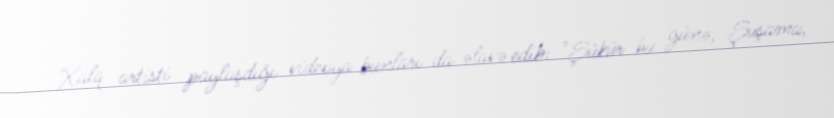
Xalq artisti paylaşdığı videoya bunları da əlavə edib: "Şükür bu günə, Şuşama,